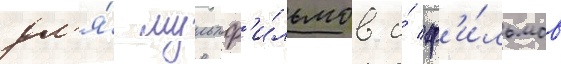
дл'я́ мультф'и́льмов и́ ф'и́льмов